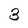
Character: 3